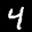
Label: 4